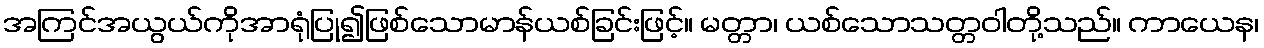
အကြင်အယွယ်ကိုအာရုံပြု၍ဖြစ်သောမာန်ယစ်ခြင်းဖြင့်။ မတ္တာ၊ ယစ်သောသတ္တဝါတို့သည်။ ကာယေန၊